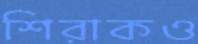
শিরাকও